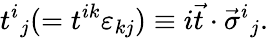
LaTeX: t^{i}{}_{j}(=t^{ik}\varepsilon_{kj})\equiv i\vec{t}\cdot\vec{\sigma}^{i}{}_{j}.